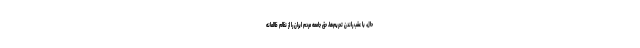
حال، با عقب راندن تحریم‌ها، حق جامعه مردم ایران را از نظام ظالمانه